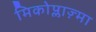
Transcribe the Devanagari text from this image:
मिकोप्लाज़्मा